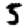
Digit: 5